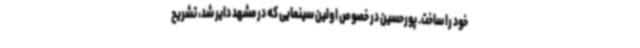
خود را ساخت. پورحسین در خصوص اولین سینمایی که در مشهد دایر شد، تشریح